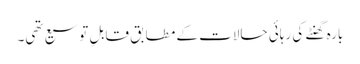
بارہ گھنٹے کی رہائی حالات کے مطابق قابلِ توسیع تھی۔